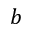
b